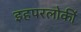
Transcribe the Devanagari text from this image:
इहपरलोकीं